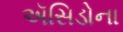
ઍસિડોના